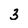
Character: 3